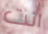
انت